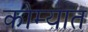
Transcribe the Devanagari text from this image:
कोम्यात